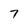
Character: 7